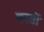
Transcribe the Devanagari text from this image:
कार्सो